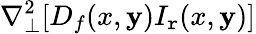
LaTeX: \nabla_{\perp}^{2}[D_{f}(x,\mathbf{y})I_{\mathtt{r}}(x,\mathbf{y})]